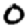
Digit: 0